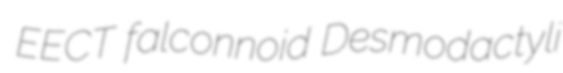
EECT falconnoid Desmodactyli